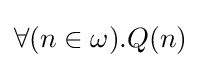
\forall (n\in \omega ).Q(n)